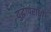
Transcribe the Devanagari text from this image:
युद्धापराधों